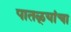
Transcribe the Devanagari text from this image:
पातळ्यांचा